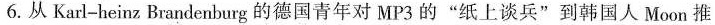
6.从Karl-heinz Brandenburg的德国青年对MP3的”纸上谈兵”到韩国人Moon推